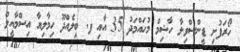
ހޯރަފުށި ޑީންސްވިލާ ހާޝިމް މުހައްމަދު 35 އާއި ފ. ބިލެއްދޫ ހިމާލިޔާ އިސްމާއީލް